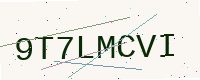
Text: 9T7LMCVI